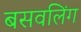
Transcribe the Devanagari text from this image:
बसवलिंग